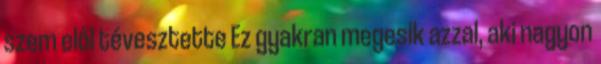
szem elől tévesztette Ez gyakran megesik azzal, aki nagyon